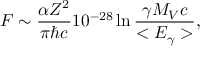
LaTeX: { \cal { F } } \sim { \frac { \alpha Z ^ { 2 } } { \pi \hbar c } } 1 0 ^ { - 2 8 } \ln { \frac { \gamma M _ { V } c } { < E _ { \gamma } > } } ,